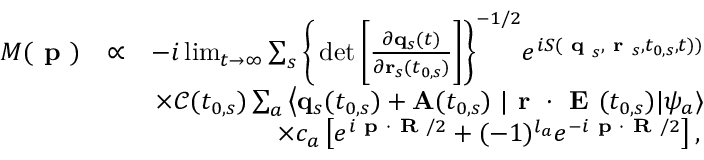
\begin{array} { r l r } { M ( \textbf { p } ) } & { \propto } & { - i \operatorname* { l i m } _ { t \rightarrow \infty } \sum _ { s } \bigg \{ \operatorname* { d e t } \bigg [ \frac { \partial \mathbf { q } _ { s } ( t ) } { \partial \mathbf { r } _ { s } ( t _ { 0 , s } ) } \bigg ] \bigg \} ^ { - 1 / 2 } e ^ { i S ( \textbf { q } _ { s } , \textbf { r } _ { s } , t _ { 0 , s } , t ) ) } } \\ & { } & { \times \mathcal { C } ( t _ { 0 , s } ) \sum _ { a } \left\langle \mathbf { q } _ { s } ( t _ { 0 , s } ) + \mathbf { A } ( t _ { 0 , s } ) \right. | \textbf { r } \cdot \textbf { E } ( t _ { 0 , s } ) | \psi _ { a } \rangle } \\ & { } & { \times { c _ { a } } \left[ e ^ { i \textbf { p } \cdot \textbf { R } / 2 } + ( - 1 ) ^ { l _ { a } } e ^ { - i \textbf { p } \cdot \textbf { R } / 2 } \right] , \, } \end{array}